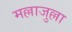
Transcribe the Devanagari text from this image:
मल्लाजुल्ला